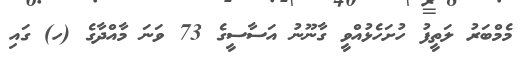
މެމްބަރު ލަތީފު ހުށަހެޅުއްވީ ގާނޫނު އަސާސީގެ 73 ވަނަ މާއްދާގެ (ހ) ގައި